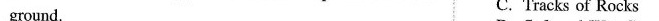
ground. C. Tracks of Rocks